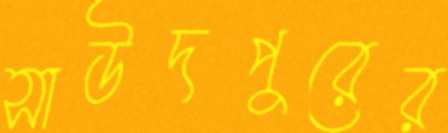
সাউদপুরের